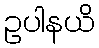
ဥပါနယိ